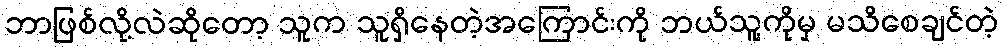
ဘာဖြစ်လို့လဲဆိုတော့ သူက သူရှိနေတဲ့အကြောင်းကို ဘယ်သူ့ကိုမှ မသိစေချင်တဲ့